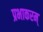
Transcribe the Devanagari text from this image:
प्रभाकरम्